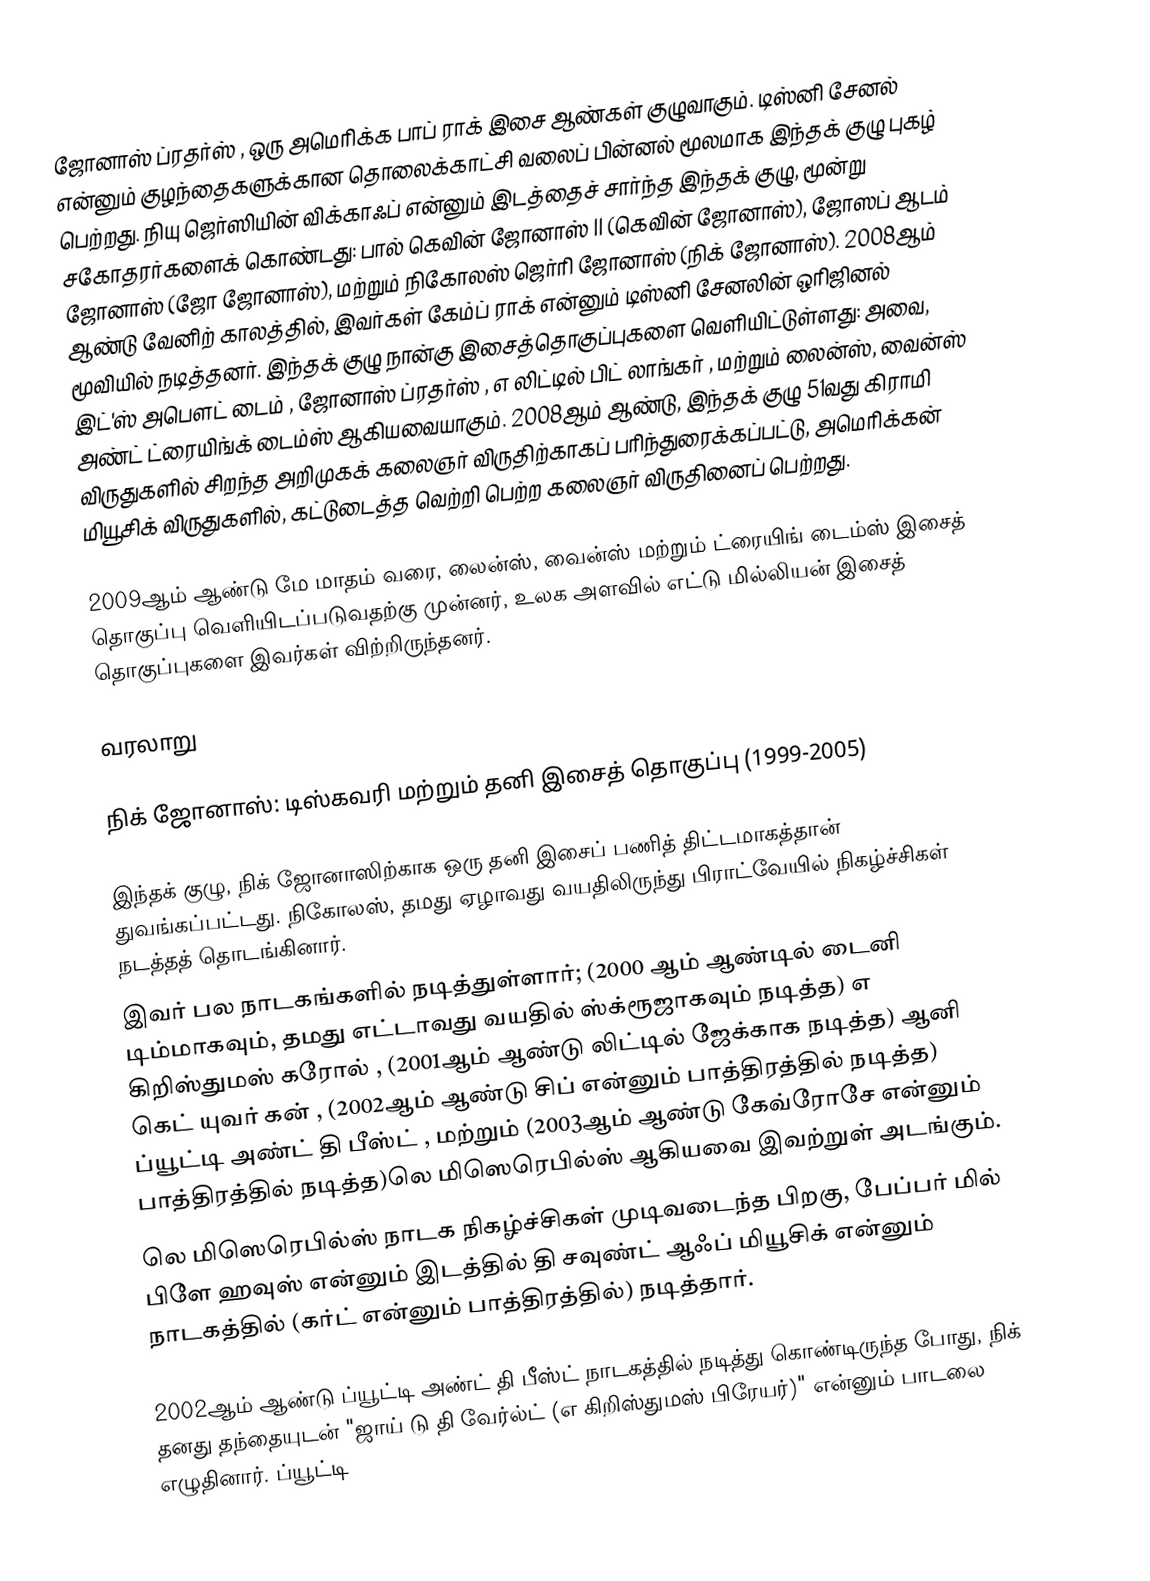
ஜோனாஸ் ப்ரதர்ஸ் , ஒரு அமெரிக்க பாப் ராக் இசை ஆண்கள் குழுவாகும். டிஸ்னி சேனல் என்னும் குழந்தைகளுக்கான தொலைக்காட்சி வலைப் பின்னல் மூலமாக இந்தக் குழு புகழ் பெற்றது. நியு ஜெர்ஸியின் விக்காஃப் என்னும் இடத்தைச் சார்ந்த இந்தக் குழு, மூன்று சகோதரர்களைக் கொண்டது: பால் கெவின் ஜோனாஸ் II (கெவின் ஜோனாஸ்), ஜோஸப் ஆடம் ஜோனாஸ் (ஜோ ஜோனாஸ்), மற்றும் நிகோலஸ் ஜெர்ரி ஜோனாஸ் (நிக் ஜோனாஸ்). 2008ஆம் ஆண்டு வேனிற் காலத்தில், இவர்கள் கேம்ப் ராக் என்னும் டிஸ்னி சேனலின் ஒரிஜினல் மூவியில் நடித்தனர். இந்தக் குழு நான்கு இசைத்தொகுப்புகளை வெளியிட்டுள்ளது: அவை, இட்'ஸ் அபௌட் டைம் , ஜோனாஸ் ப்ரதர்ஸ் , எ லிட்டில் பிட் லாங்கர் , மற்றும் லைன்ஸ், வைன்ஸ் அண்ட் ட்ரையிங்க் டைம்ஸ் ஆகியவையாகும். 2008ஆம் ஆண்டு, இந்தக் குழு 51வது கிராமி விருதுகளில் சிறந்த அறிமுகக் கலைஞர் விருதிற்காகப் பரிந்துரைக்கப்பட்டு, அமெரிக்கன் மியூசிக் விருதுகளில், கட்டுடைத்த வெற்றி பெற்ற கலைஞர் விருதினைப் பெற்றது.

2009ஆம் ஆண்டு மே மாதம் வரை, லைன்ஸ், வைன்ஸ் மற்றும் ட்ரையிங் டைம்ஸ் இசைத் தொகுப்பு வெளியிடப்படுவதற்கு முன்னர், உலக அளவில் எட்டு மில்லியன் இசைத் தொகுப்புகளை இவர்கள் விற்றிருந்தனர்.

வரலாறு

நிக் ஜோனாஸ்: டிஸ்கவரி மற்றும் தனி இசைத் தொகுப்பு (1999-2005)

இந்தக் குழு, நிக் ஜோனாஸிற்காக ஒரு தனி இசைப் பணித் திட்டமாகத்தான் துவங்கப்பட்டது. நிகோலஸ், தமது ஏழாவது வயதிலிருந்து பிராட்வேயில் நிகழ்ச்சிகள் நடத்தத் தொடங்கினார்.
இவர் பல நாடகங்களில் நடித்துள்ளார்; (2000 ஆம் ஆண்டில் டைனி டிம்மாகவும், தமது எட்டாவது வயதில் ஸ்க்ரூஜாகவும் நடித்த) எ கிறிஸ்துமஸ் கரோல் , (2001ஆம் ஆண்டு லிட்டில் ஜேக்காக நடித்த) ஆனி கெட் யுவர் கன் , (2002ஆம் ஆண்டு சிப் என்னும் பாத்திரத்தில் நடித்த) ப்யூட்டி அண்ட் தி பீஸ்ட் , மற்றும் (2003ஆம் ஆண்டு கேவ்ரோசே என்னும் பாத்திரத்தில் நடித்த)லெ மிஸெரெபில்ஸ் ஆகியவை இவற்றுள் அடங்கும்.
லெ மிஸெரெபில்ஸ் நாடக நிகழ்ச்சிகள் முடிவடைந்த பிறகு, பேப்பர் மில் பிளே ஹவுஸ் என்னும் இடத்தில் தி சவுண்ட் ஆஃப் மியூசிக் என்னும் நாடகத்தில் (கர்ட் என்னும் பாத்திரத்தில்) நடித்தார்.

2002ஆம் ஆண்டு ப்யூட்டி அண்ட் தி பீஸ்ட் நாடகத்தில் நடித்து கொண்டிருந்த போது, நிக் தனது தந்தையுடன் "ஜாய் டு தி வேர்ல்ட் (எ கிறிஸ்துமஸ் பிரேயர்)" என்னும் பாடலை எழுதினார். ப்யூட்டி